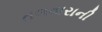
તલવારાની